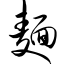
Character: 面